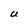
Character: U